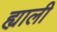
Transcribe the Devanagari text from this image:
ह्याली